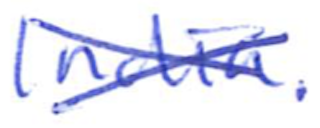
Text: India.
Cross-out: cross
Writing tool: ballpoint